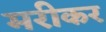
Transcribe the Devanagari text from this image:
मरीकर